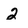
Character: 2